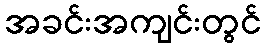
အခင်းအကျင်းတွင်